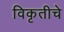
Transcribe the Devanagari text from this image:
विकृतीचे